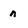
Character: n